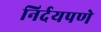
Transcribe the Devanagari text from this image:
निर्दयपणे